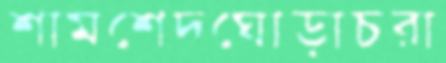
শামশেদঘোড়াচরা